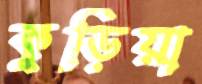
কুড়িয়া